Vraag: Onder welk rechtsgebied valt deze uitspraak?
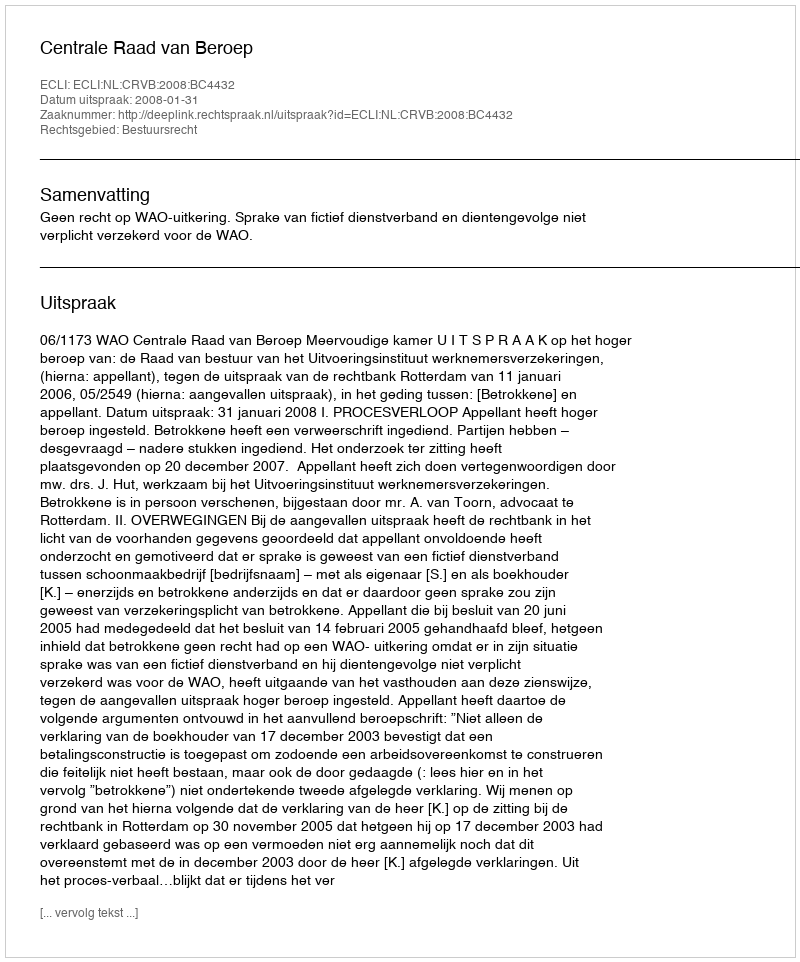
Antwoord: Bestuursrecht